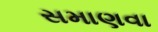
સમાણવા